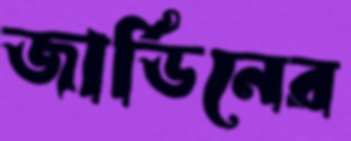
জার্ডিনের